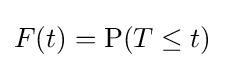
F(t)=\operatorname {P} (T\leq t)